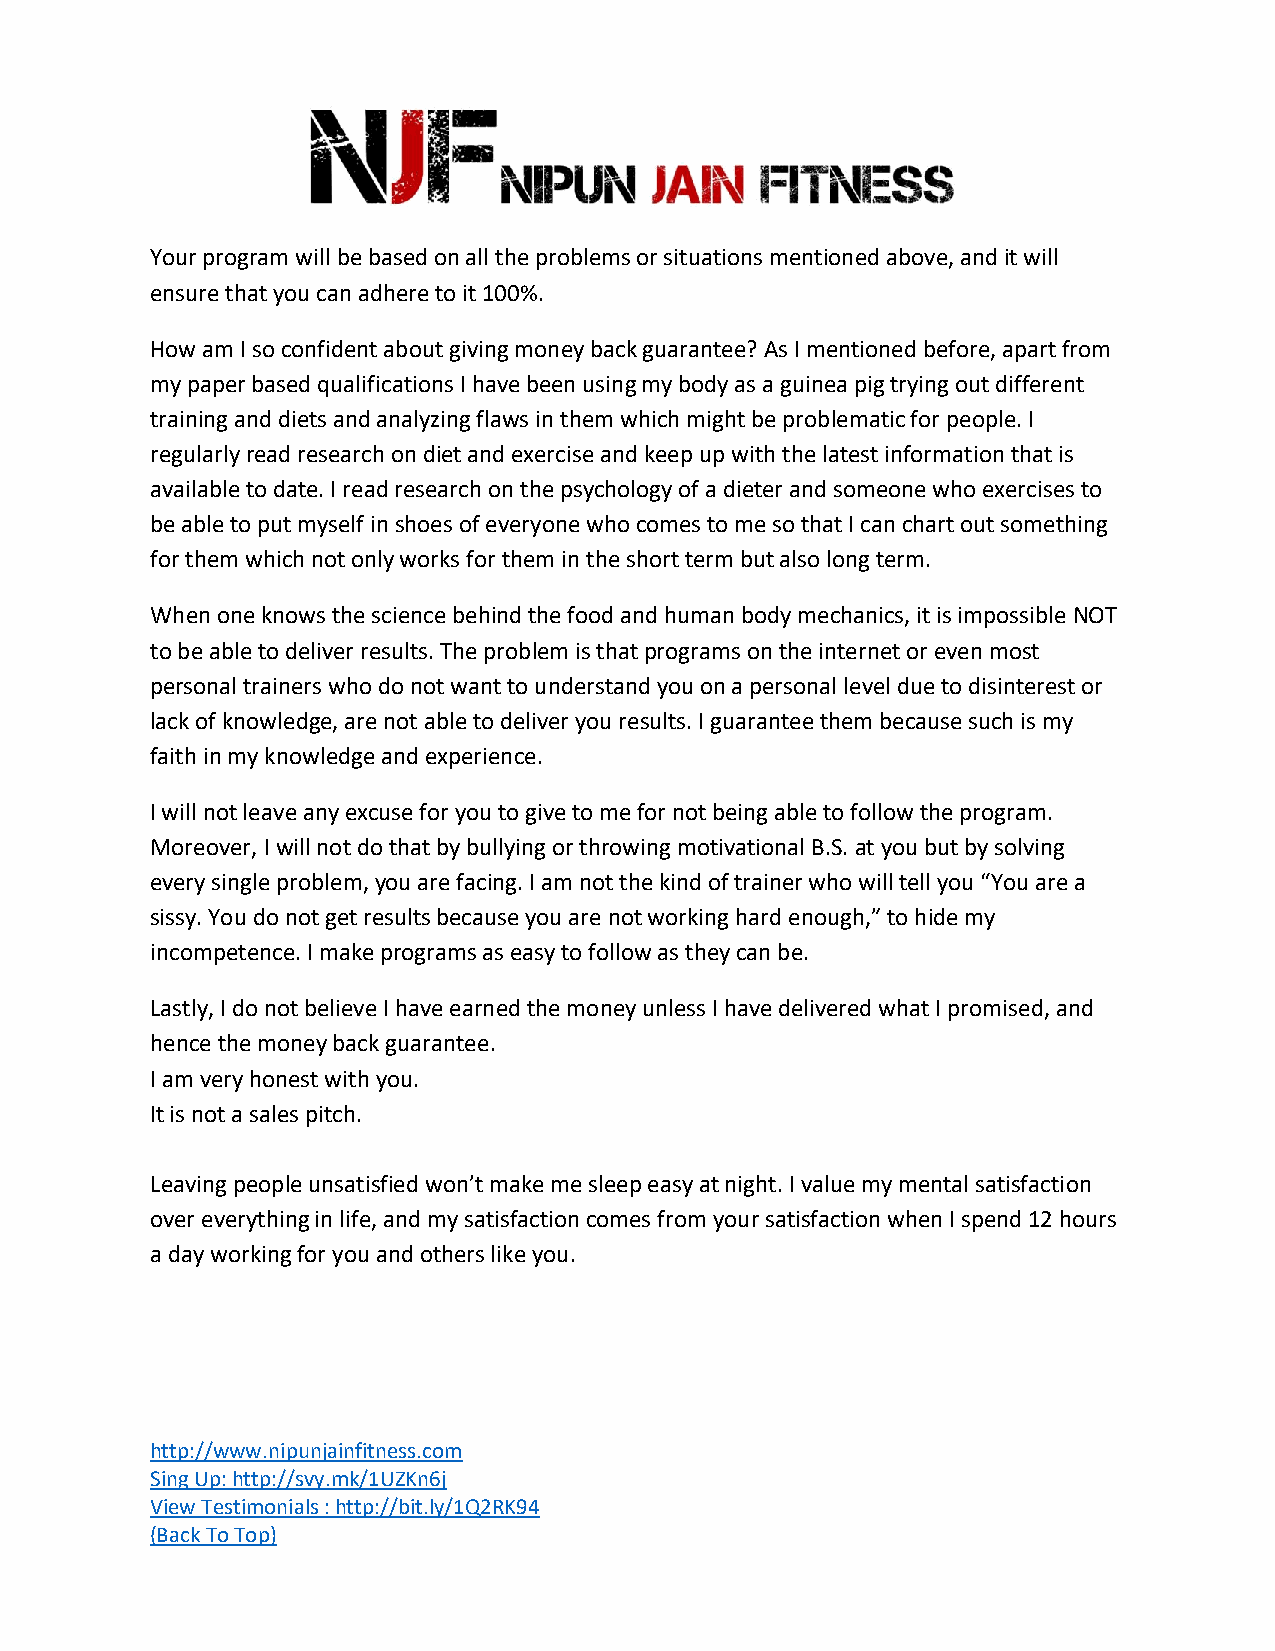
Your program will be based on all the problems or situations mentioned above, and it will
 ensure that you can adhere to it 100%.
 How am I so confident about giving money back guarantee? As I mentioned before, apart from
 my paper based qualifications I have been using my body as a guinea pig trying out different
 training and diets and analyzing flaws in them which might be problematic for people. I
 regularly read research on diet and exercise and keep up with the latest information that is
 available to date. I read research on the psychology of a dieter and someone who exercises to
 be able to put myself in shoes of everyone who comes to me so that I can chart out something
 for them which not only works for them in the short term but also long term.
 When one knows the science behind the food and human body mechanics, it is impossible NOT
 to be able to deliver results. The problem is that programs on the internet or even most
 personal trainers who do not want to understand you on a personal level due to disinterest or
 lack of knowledge, are not able to deliver you results. I guarantee them because such is my
 faith in my knowledge and experience.
 I will not leave any excuse for you to give to me for not being able to follow the program.
 Moreover, I will not do that by bullying or throwing motivational B.S. at you but by solving
 every single problem, you are facing. I am not the kind of trainer who will tell you “You are a
 sissy. You do not get results because you are not working hard enough,” to hide my
 incompetence. I make programs as easy to follow as they can be.
 Lastly, I do not believe I have earned the money unless I have delivered what I promised, and
 hence the money back guarantee.
 I am very honest with you.
 It is not a sales pitch.
 Leaving people unsatisfied won’t make me sleep easy at night. I value my mental satisfaction
 over everything in life, and my satisfaction comes from your satisfaction when I spend 12 hours
 a day working for you and others like you.
 http://www.nipunjainfitness.com
 Sing Up: http://svy.mk/1UZKn6j
 View Testimonials : http://bit.ly/1Q2RK94
 (Back To Top)